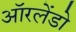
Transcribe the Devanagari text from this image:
ऑरलेंडो